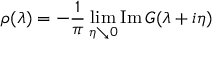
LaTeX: \rho ( \lambda ) = - \frac { 1 } { \pi } \operatorname * { l i m } _ { \eta \searrow 0 } \mathrm { I m } \, G ( \lambda + i \eta )